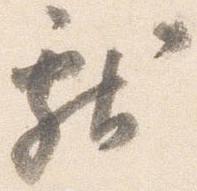
献